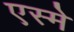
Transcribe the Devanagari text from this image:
एस्मे